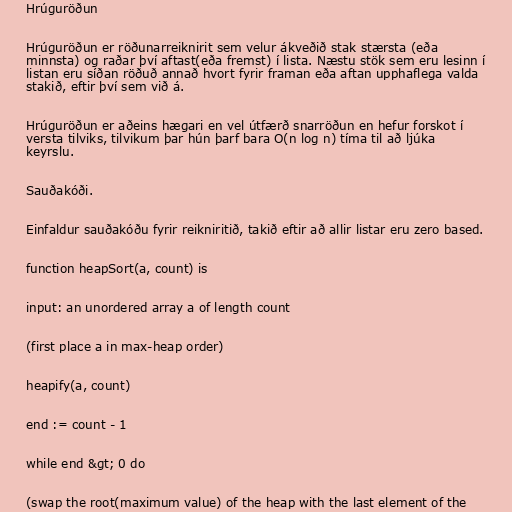
Hrúguröðun

Hrúguröðun er röðunarreiknirit sem velur ákveðið stak stærsta (eða
minnsta) og raðar því aftast(eða fremst) í lista. Næstu stök sem eru lesinn í
listan eru síðan röðuð annað hvort fyrir framan eða aftan upphaflega valda
stakið, eftir því sem við á.

Hrúguröðun er aðeins hægari en vel útfærð snarröðun en hefur forskot í
versta tilviks, tilvikum þar hún þarf bara O(n log n) tíma til að ljúka
keyrslu.

Sauðakóði.

Einfaldur sauðakóðu fyrir reikniritið, takið eftir að allir listar eru zero based.

function heapSort(a, count) is

input: an unordered array a of length count

(first place a in max-heap order)

heapify(a, count)

end := count - 1

while end &gt; 0 do

(swap the root(maximum value) of the heap with the last element of the